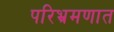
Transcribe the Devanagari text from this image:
परिभ्रमणात